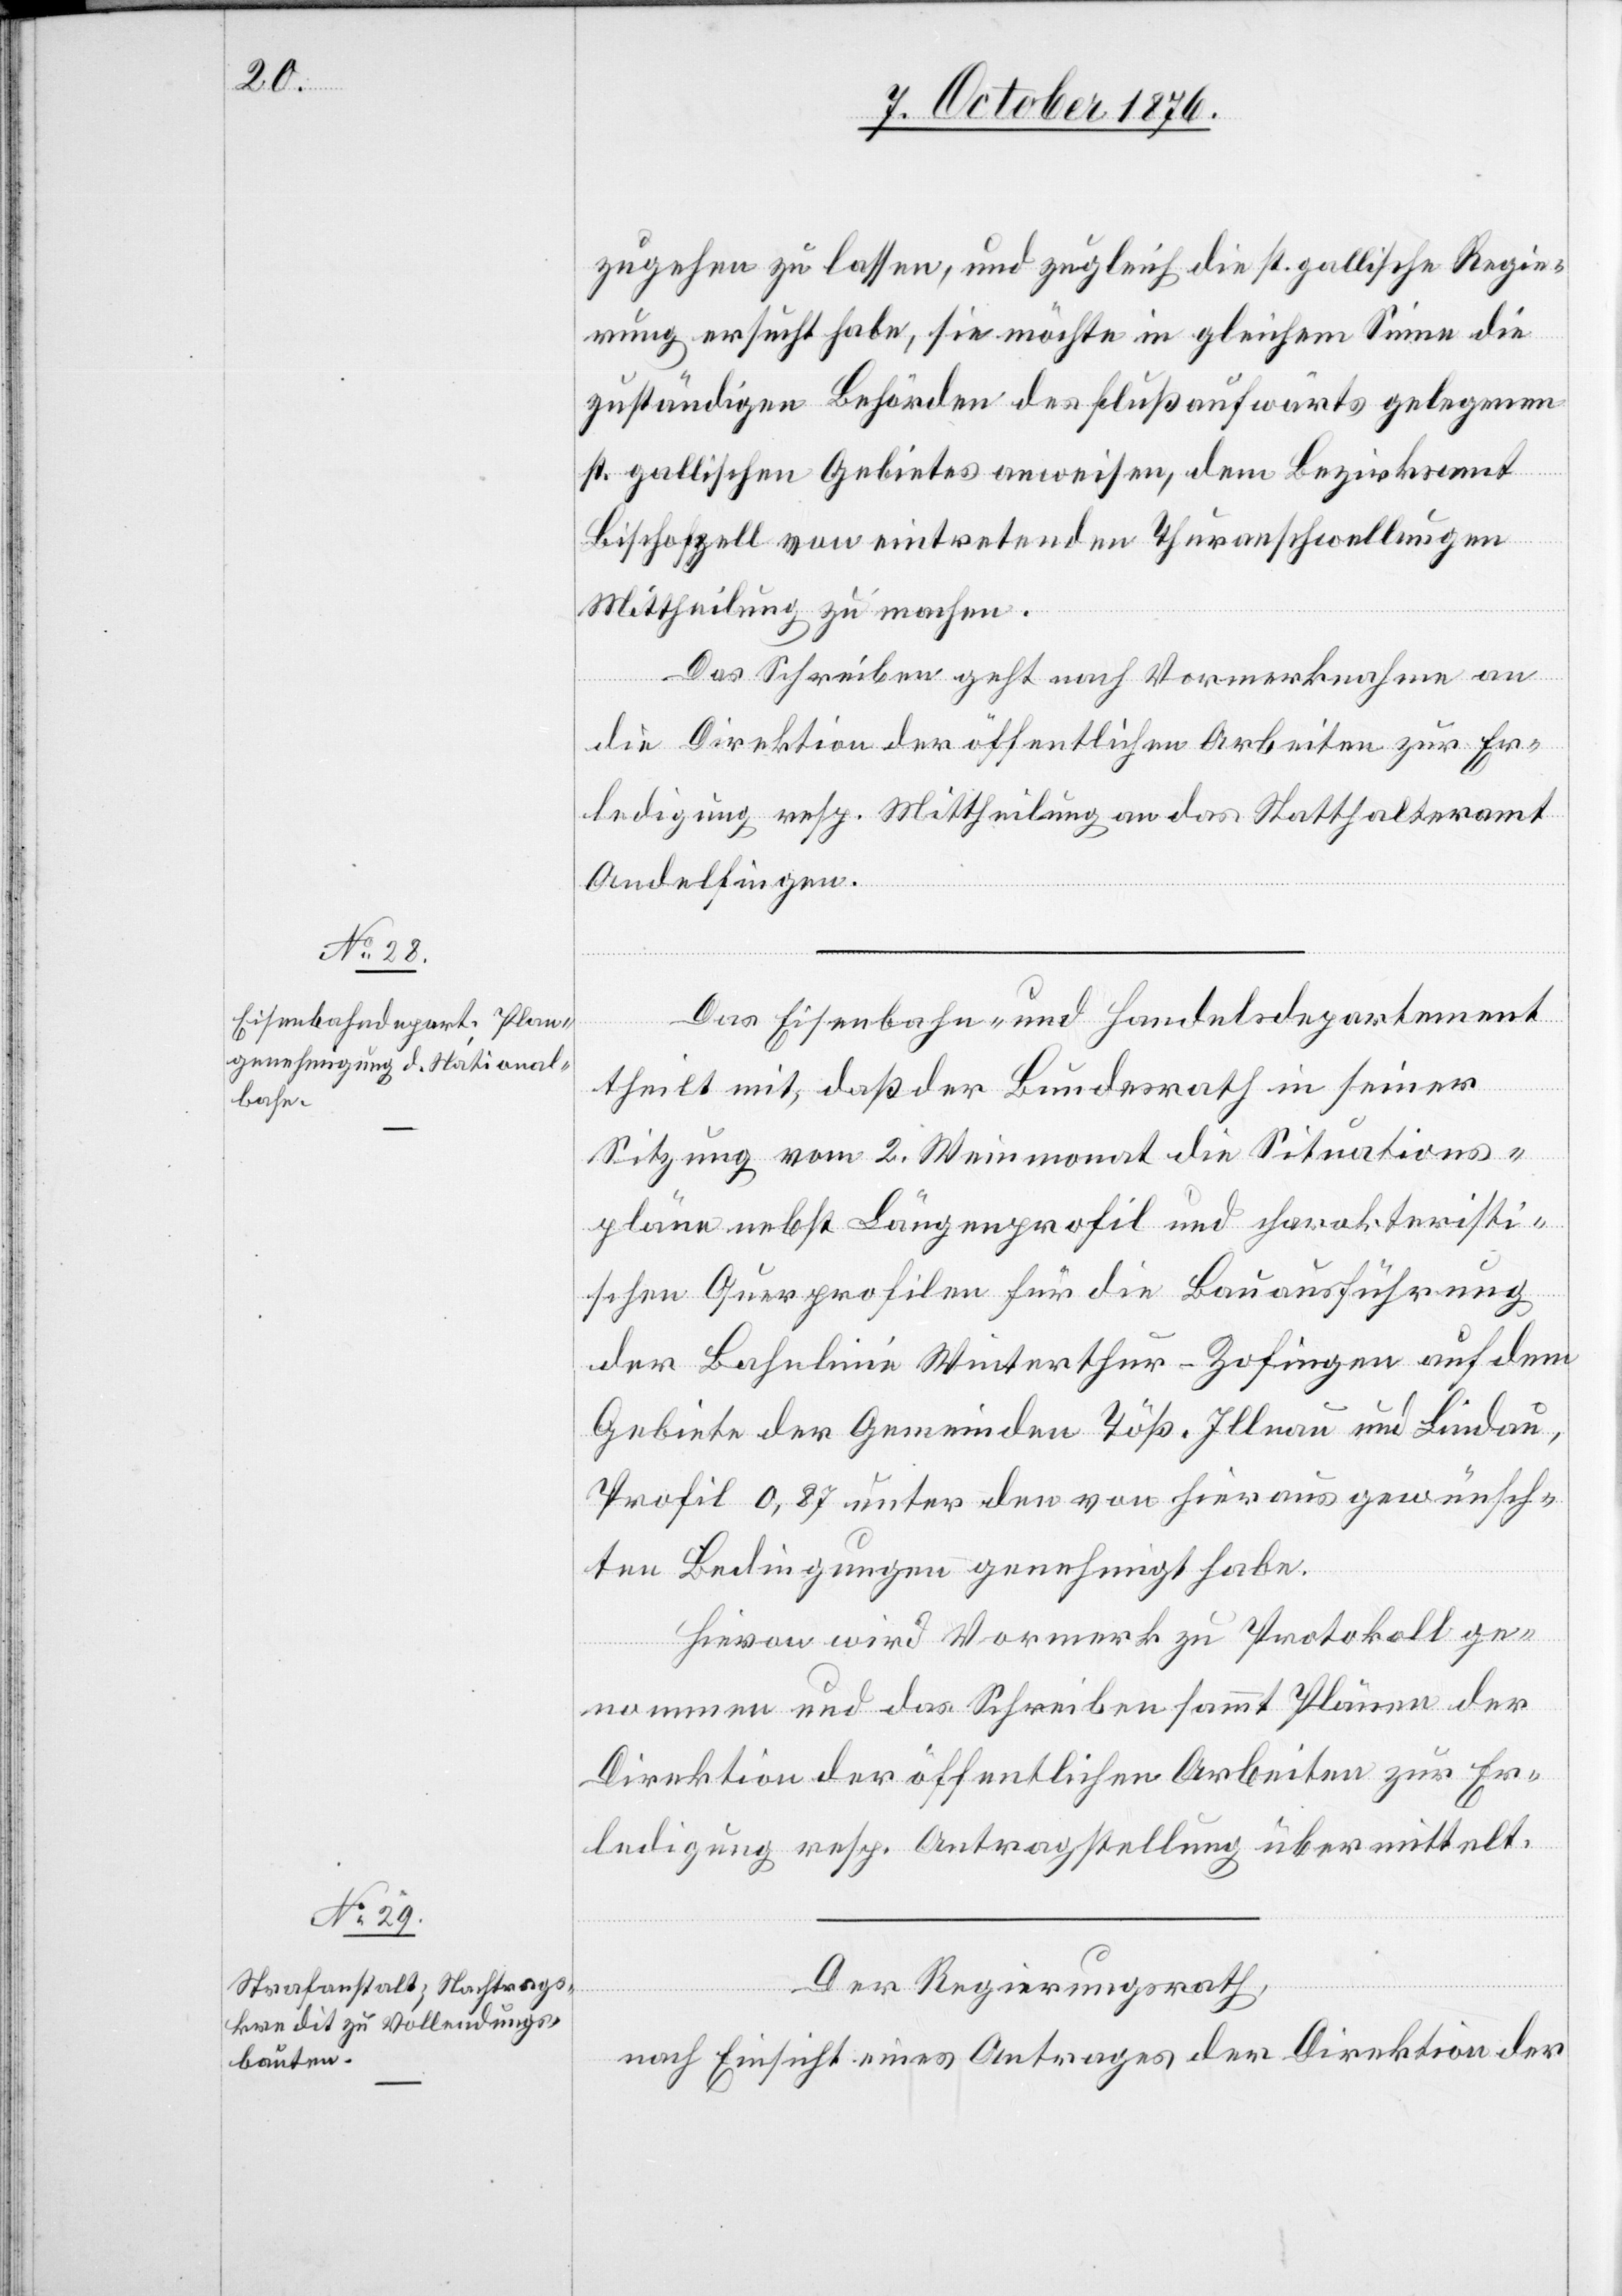
zugehen zu lassen, und zugleich die st. gallische Regie¬
rung ersucht habe, sie möchte in gleichem Sinne die
zuständigen Behörden des flußaufwärts gelegenen
st. gallischen Gebietes anweisen, dem Bezirksamt
Bischofzell von eintretenden Thuranschwellungen
Mittheilung zu machen.
Das Schreiben geht nach Vormerknahme an
die Direktion der öffentlichen Arbeiten zur Er¬
ledigung resp. Mittheilung an das Statthalteramt
Andelfingen.
Das Eisenbahn- und Handelsdepartement
theilt mit, daß der Bundesrath in seiner
Sitzung vom 2. Weinmonat die Situations¬
pläne nebst Längenprofil und charakteristi¬
schen Querprofilen für die Bauausführung
der Bahnlinie Winterthur–Zofingen auf dem
Gebiete der Gemeinden Töß, Illnau und Lindau,
Profil 0,87 unter den von hieraus gewünsch¬
ten Bedingungen genehmigt habe.
Hievon wird Vormerk zu Protokoll ge¬
nommen und das Schreiben sammt Plänen der
Direktion der öffentlichen Arbeiten zur Er¬
ledigung resp. Antragstellung übermittelt.
Der Regierungsrath,
nach Einsicht eines Antrages der Direktion der